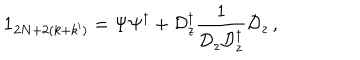
\textbf { 1 } _ { 2 N + 2 ( k + k ^ { \prime } ) } = \Psi \Psi ^ { \dagger } + \mathcal { D } _ { z } ^ { \dagger } \frac { 1 } { \mathcal { D } _ { z } \mathcal { D } _ { z } ^ { \dagger } } \mathcal { D } _ { z } \, ,